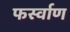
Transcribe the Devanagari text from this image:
फर्स्वाण